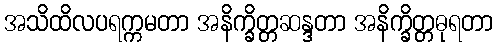
အသိထိလပရက္ကမတာ အနိက္ခိတ္တဆန္ဒတာ အနိက္ခိတ္တဓုရတာ